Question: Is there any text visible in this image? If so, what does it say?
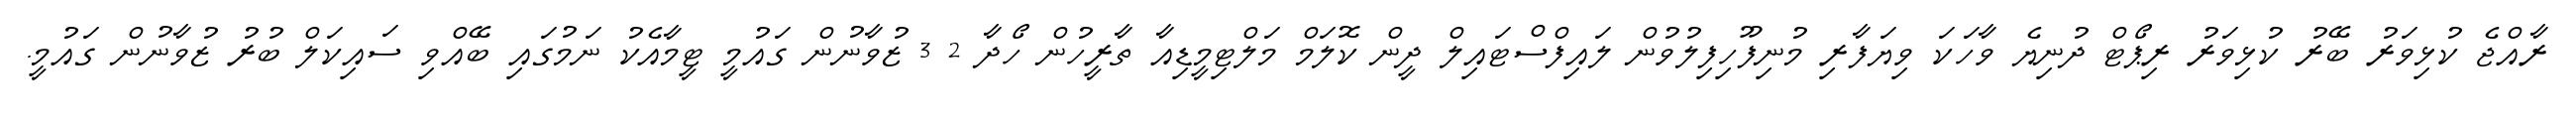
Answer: ރާއްޖެ ކުޅިވަރު ބޭރު ކުޅިވަރު ރިޕޯޓް ދުނިޔެ ވާހަކަ ވިޔަފާރި މުނިފޫހިފިލުވުން ލައިފްސްޓައިލް ދީން ކޮލަމް މަލްޓިމީޑިއާ ތާރީހުން ހޯދާ 2 3 ޒުވާނުން ގައުމީ ޓީމާއެކު ނަމުގައި ބޭއްވި ސައިކަލް ބުރު ޒުވާނުން ގައުމީ.